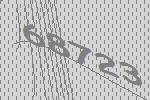
68723